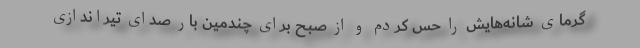
گرمای شانه‌هایش را حس کردم و از صبح برای چندمین بار صدای تیراندازی